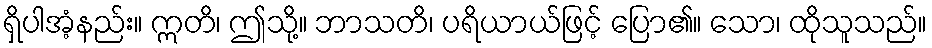
ရှိပါအံ့နည်း။ ဣတိ၊ ဤသို့။ ဘာသတိ၊ ပရိယာယ်ဖြင့် ပြော၏။ သော၊ ထိုသူသည်။